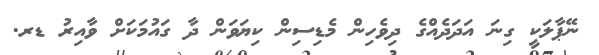
ނޭޕާލަކީ ގިނަ އަދަދެއްގެ ދިވެހިން މެޑިސިން ކިޔަވަން ދާ ގައުމަކަށް ވާއިރު ޑރ.